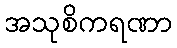
အသုစိကရဏာ